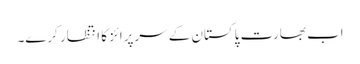
اب بھارت پاکستان کے سرپرائز کا انتظار کرے۔